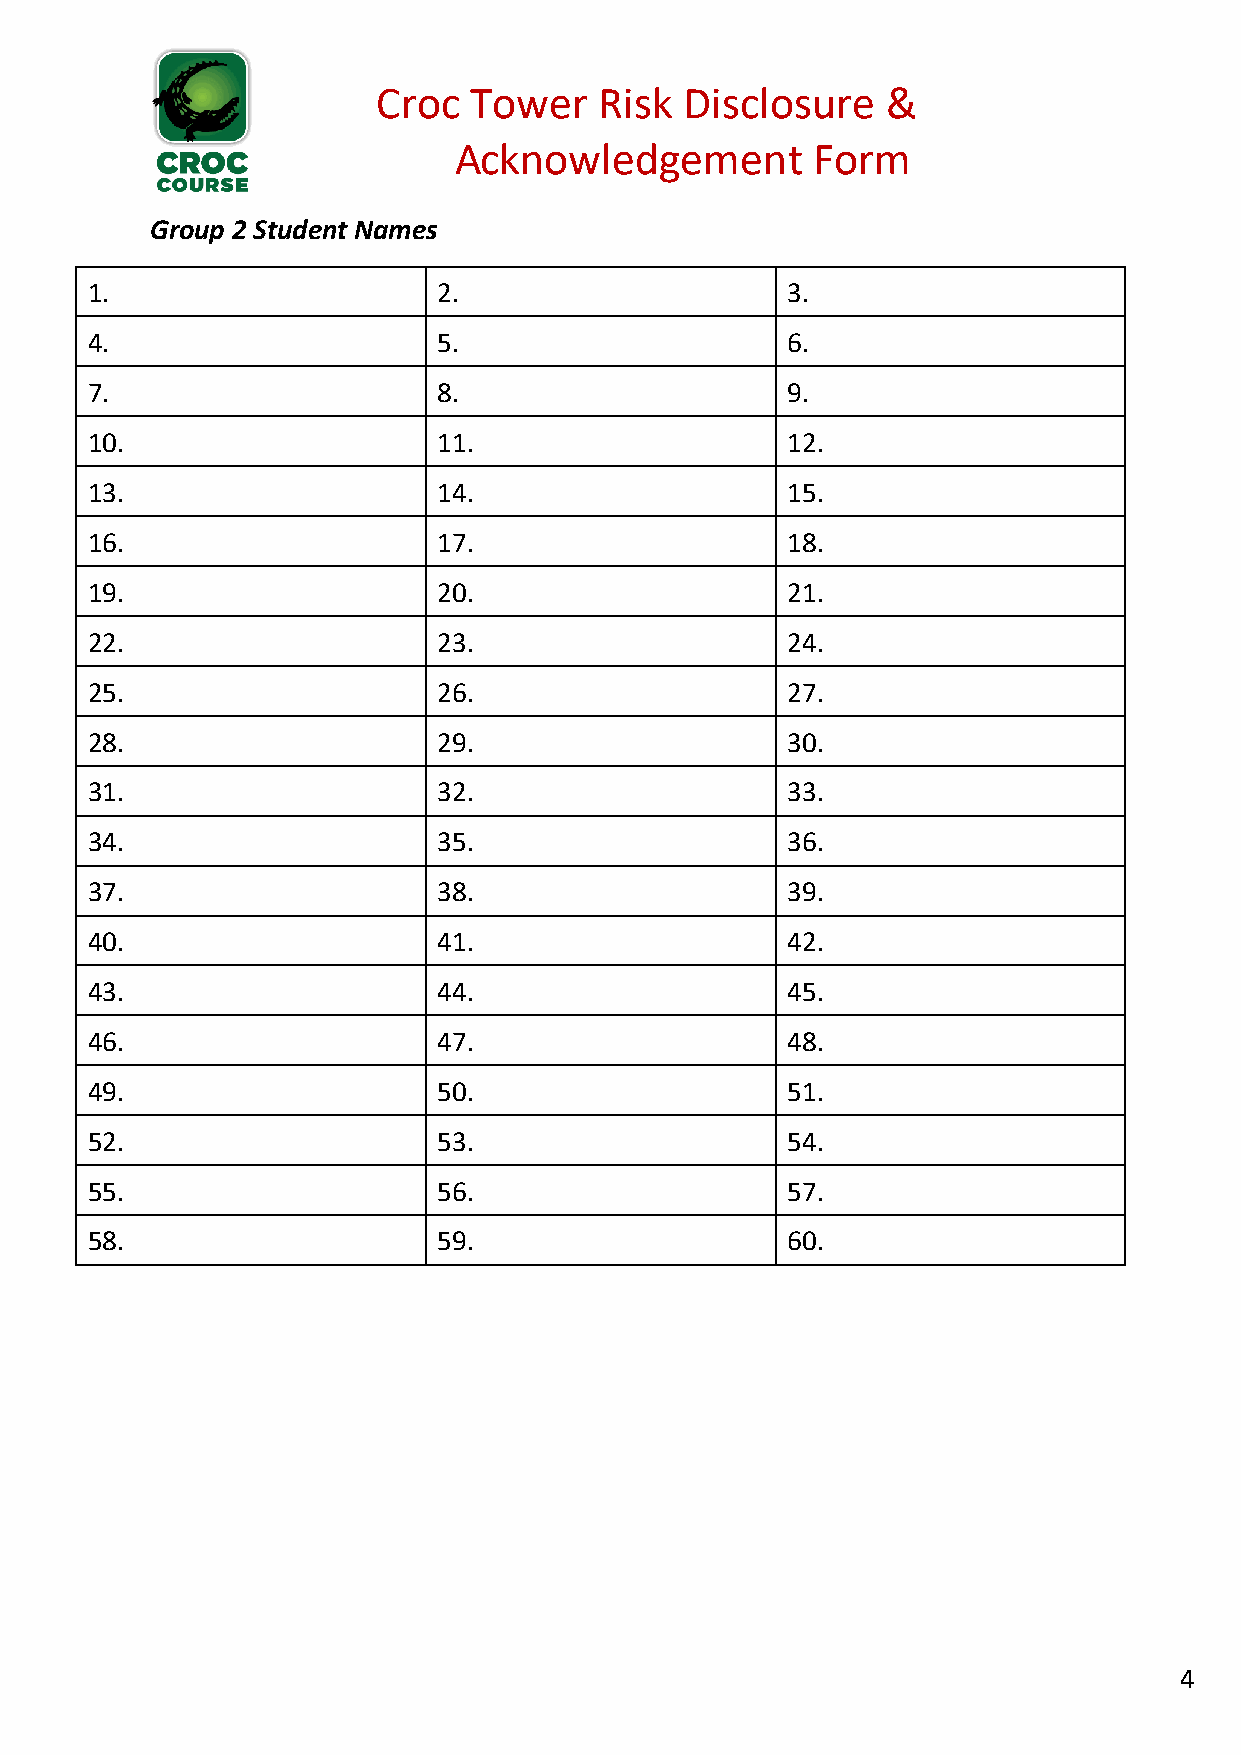
Croc  Tower    Risk Disclosure    &
 Acknowledgement         Form
 Group 2 Student Names
 1.                     2.                     3.
 4.                     5.                     6.
 7.                     8.                     9.
 10.                    11.                    12.
 13.                    14.                    15.
 16.                    17.                    18.
 19.                    20.                    21.
 22.                    23.                    24.
 25.                    26.                    27.
 28.                    29.                    30.
 31.                    32.                    33.
 34.                    35.                    36.
 37.                    38.                    39.
 40.                    41.                    42.
 43.                    44.                    45.
 46.                    47.                    48.
 49.                    50.                    51.
 52.                    53.                    54.
 55.                    56.                    57.
 58.                    59.                    60.
 4